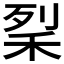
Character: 𥞥